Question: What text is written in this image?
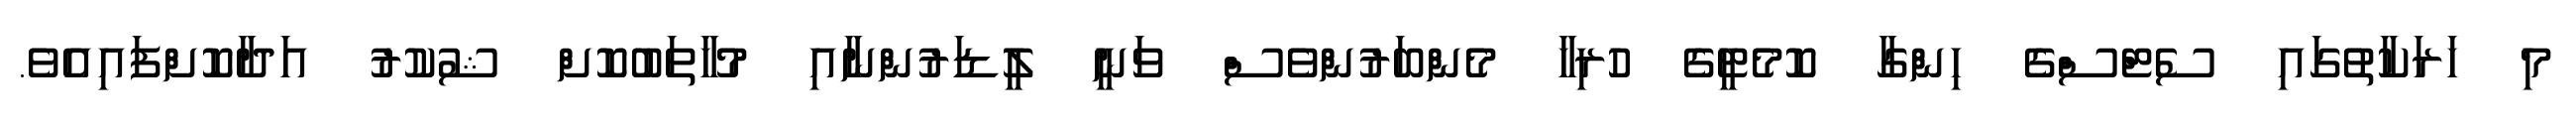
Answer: މި ހަރަކާތުގައި ސެޓްސްގެ ހިންގާ ކޮމެޓީގެ ހުރިހާ މެންބަރުންވެސް ވަނީ ލީޑަރުންނާއި މުހާތަބުކޮށް ޝުކުރު އަދާކޮށްފައިއެވެ.